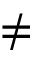
\neq